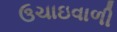
ઉચાઇવાળી